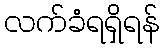
လက်ခံရရှိရန်